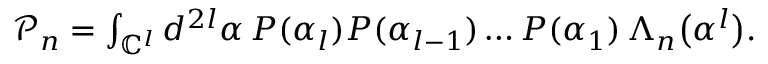
\begin{array} { r } { \mathcal { P } _ { n } = \int _ { \mathbb { C } ^ { l } } d ^ { 2 l } \boldsymbol { \alpha } \, P ( \alpha _ { l } ) P ( \alpha _ { l - 1 } ) \ldots P ( \alpha _ { 1 } ) \, \Lambda _ { n } \big ( \boldsymbol { \alpha } ^ { l } \big ) . } \end{array}